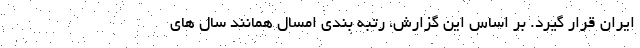
ایران قرار گیرد. بر اساس این گزارش، رتبه بندی امسال همانند سال های